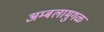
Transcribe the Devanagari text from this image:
अम्बलामुगळ